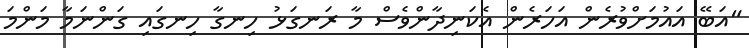
"އަބޭ އައުމަށްވުރެން އަހަރެން އެކަނިދާންވެސް މާ ރަނގަޅު ހިނގާ ހިނގައި ގަންނަމާ މަންމަ